Lunatic asylums Madras 1892-1911 - 1892-1911
Year: 1892
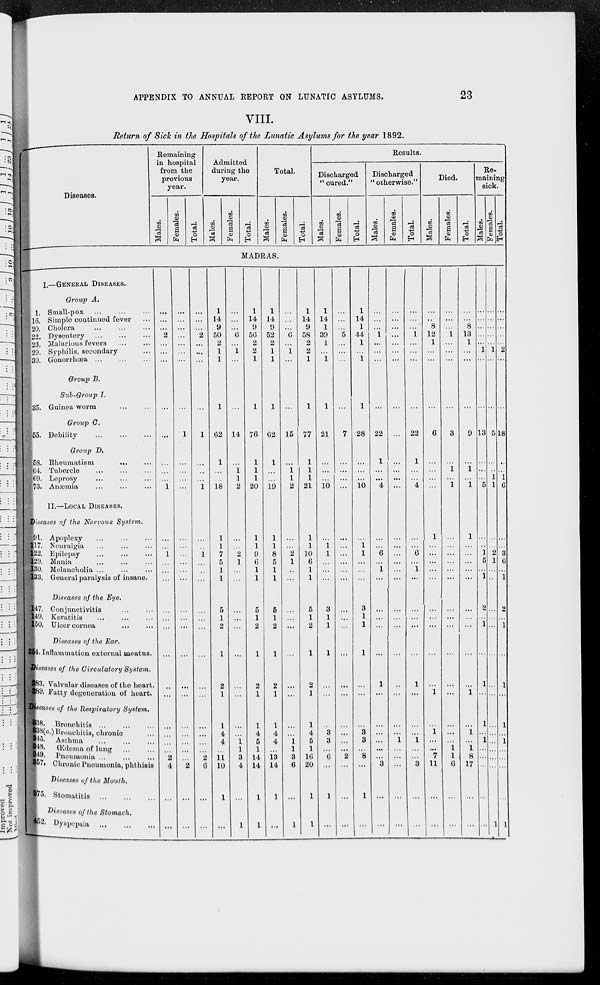
APPENDIX TO ANNUAL REPORT ON LUNATIC ASYLUMS.
23
VIII.
Return of Sick in the Hospitals of the Lunatic Asylums for the year 1892.
Diseases.
Remaining
in hospital
from the
previous
year.
Males.
Females.
Total.
Admitted
during the
year.
Males.
Females.
Total.
Total.
Males.
Females.
Total.
Results.
Discharged
"cured."
Males.
Females.
Total.
Discharged
"otherwise."
Males.
Females.
Total.
Died.
Males.
Females.
Total.
Remaining
sick.
Males.
Females.
Total.
MADRAS.
I.—GENERAL DISEASES.
Group A.
1. Small-pox
...
...
...
16. Simple continued fever ...
20. Cholera ... ... ...
22. Dysentery ... ... ...
23. Malarious fevers ... ...
29. Syphilis, secondary ...
30. Gonorrhœa ... ... ...
Group B.
Sub-Group I.
35. Guinea worm ... ...
Group C.
55. Debility
...
...
...
Group D.
58. Rheumatism
...
...
64. Tubercle ... ... ...
69. Leprosy ... ... ...
73. Aæmia ... ... ...
II.—LOCAL DISEASES.
Diseases of the Nervous
System.
91. Apoplexy ... ... ...
117. Neuralgia ... ... ...
122. Epilepsy
...
...
...
129. Mania ... ... ...
130. Melancholia ... ... ...
133. General paralysis of insane .
Diseases of the Eye.
147. Conjunctivitis ... ...
149. Keratitis
...
...
...
150. Ulcer cornea ... ...
Diseases of the Ear.
254. Inflammation external meatus.
Diseases of the Circulatory
System.
283. Valvular diseases of the heart.
289. Fatty degeneration of heart.
Diseases of the Respiratory
System.
338. Bronchitis
...
...
...
338(a.) Bronchitis, chronic ...
345. Asthma
...
...
...
348. Œdema of lung
...
...
349. Pneumonia ... ... ...
357. Chronic Pneumonia, phthisis
Diseases of the Mouth.
375. Stomatitis
...
...
...
Diseases of the Stomach.
452. Dyspepsia
...
...
...
...
...
...
...
2
...
...
...
...
...
...
...
...
1
...
...
1
...
...
...
...
...
...
...
...
...
...
...
...
...
2
4
...
...
...
...
...
...
...
...
...
...
...
1
...
...
...
...
...
...
...
...
...
...
...
...
...
...
...
...
...
...
...
...
...
2
...
...
...
...
...
...
2
...
...
...
...
1
...
...
...
1
...
...
1
...
...
...
...
...
...
...
...
...
...
...
...
...
2
6
...
...
...
1
14
9
50
2
1
1
1
62
1
...
...
18
1
1
7
5
1
1
5
1
2
1
2
1
1
4
4
...
11
10
1
...
...
...
...
...
6
...
1
...
...
14
...
1 1
2
...
...
2
1
...
...
...
...
...
...
...
...
...
...
1 1
3
4
...
1
...
1
14
9
56
2
2
1
1
76
1
1
1
20
1
1
9
6
1
1
5
1
2
1
2
1
1
4
5
1
14
14
1
1
...
1
14
9
52
2
1
1
1
62
1
...
...
19
1
1
8
5
1
1
5
1
2
1
2
1
1
4
4
...
13
14
1
...
...
...
...
...
6
...
1
...
...
15
...
1 1
2
...
...
2
1
...
...
...
...
...
...
...
...
...
...
1
1
3
6
...
1
...
1
14
9
58
2
2
1
1
77
1
1
1
21
1
1
10
6
1
1
5
1
2
1
2
1
1
4
5
1
16
20
1
1
...
1
14
1
39
1
...
1
1
21
...
...
...
10
...
1
1
...
...
...
3
1
1
1
...
...
...
3
3
...
6
...
1
...
...
...
...
...
5
...
...
...
...
7
...
...
...
...
...
...
...
...
...
...
...
...
...
...
...
...
...
...
...
...
2
...
...
...
...
1
14
1
44
1
...
1
1
28
...
...
...
10
...
1 1
...
...
...
3
1
1
1
...
...
...
3
3
...
8
...
1
...
...
...
...
...
1
...
...
...
...
22
1
...
...
4
...
...
6
...
1
...
...
...
...
...
1
...
...
...
...
...
...
3
...
...
...
...
...
...
...
...
...
...
...
...
...
...
...
...
...
...
...
...
...
...
...
...
...
...
...
...
...
...
1
...
...
...
...
...
...
...
...
...
1
...
...
...
...
22
1
...
...
4
...
...
6
...
1
...
...
...
...
...
1
...
...
...
1
...
...
3
...
...
...
...
...
8
12
1
...
...
...
6
...
...
...
...
1
...
...
...
...
...
...
...
...
...
...
1
...
1
...
...
7
11
...
...
...
...
...
...
1
...
...
...
...
3
...
1
...
1
...
...
...
...
...
...
...
...
...
...
...
...
...
...
...
1
1
6
...
...
...
...
...
8
13
1
...
...
...
9
...
1
...
1
1
...
...
...
...
...
...
...
...
...
...
1
...
1
...
1
8
17
...
...
...
...
...
...
...
...
1
...
...
13
...
...
...
5
...
...
1
5
...
1
2
...
1
...
1
...
1
...
1
...
...
...
...
...
...
...
...
...
...
...
1
...
...
5
...
...
1
1
...
...
2
1
...
...
...
...
...
...
...
...
...
...
...
...
...
...
...
1
...
...
...
...
...
...
2
...
...
18
...
...
1
6
...
...
3
6
...
1
2
...
1
...
1
...
1
...
1
...
...
...
...
1